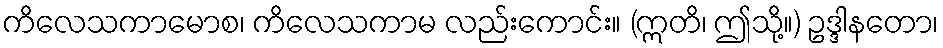
ကိလေသကာမောစ၊ ကိလေသကာမ လည်းကောင်း။ (ဣတိ၊ ဤသို့။) ဥဒ္ဒါနတော၊